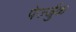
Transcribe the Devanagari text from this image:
पेर्ज्जुक